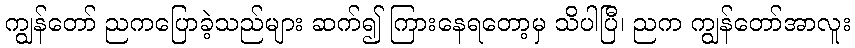
ကျွန်တော် ညကပြောခဲ့သည်များ ဆက်၍ ကြားနေရတော့မှ သိပါပြီ၊ ညက ကျွန်တော်အာလူး